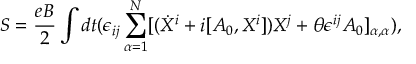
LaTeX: S = \frac { e B } { 2 } \int d t ( \epsilon _ { i j } \sum _ { \alpha = 1 } ^ { N } [ ( \dot { X } ^ { i } + i [ A _ { 0 } , X ^ { i } ] ) X ^ { j } + \theta \epsilon ^ { i j } A _ { 0 } ] _ { \alpha , \alpha } ) ,